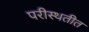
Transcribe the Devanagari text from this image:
परीस्थतीत